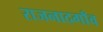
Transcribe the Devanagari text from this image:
राजनादगाँव